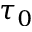
\tau _ { 0 }